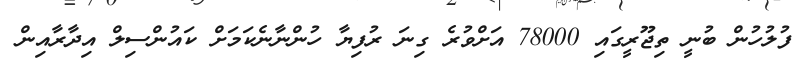
ފުލުހުން ބުނީ ތިޖޫރީގައި 78000 އަށްވުރެ ގިނަ ރުފިޔާ ހުންނާނެކަމަށް ކައުންސިލް އިދާރާއިން